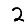
Digit: 2